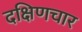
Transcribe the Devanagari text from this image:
दक्षिणचार